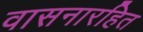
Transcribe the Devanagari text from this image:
वासनारहित